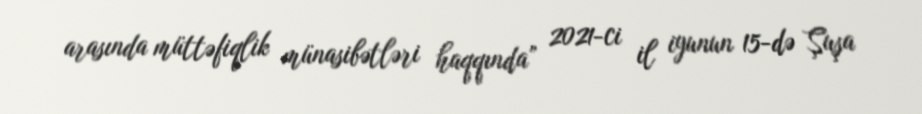
arasında müttəfiqlik münasibətləri haqqında” 2021-ci il iyunun 15-də Şuşa